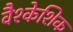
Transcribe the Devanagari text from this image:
वैश्केशिक